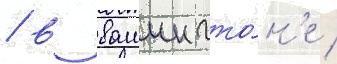
/ в вашингто́н'е /